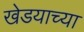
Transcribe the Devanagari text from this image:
खेडयाच्या